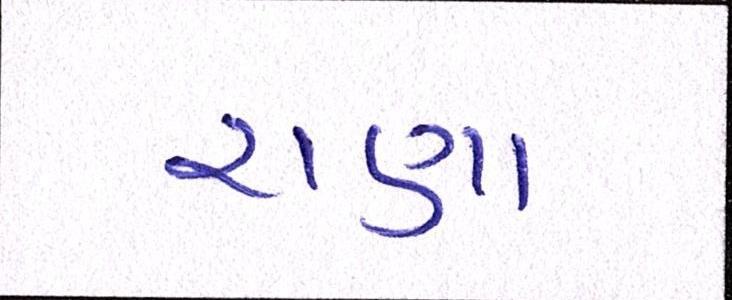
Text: રાણા